Civil Veterinary Department. Madras. Admin. report 1926-33 - 1926-1933
Year: 1926
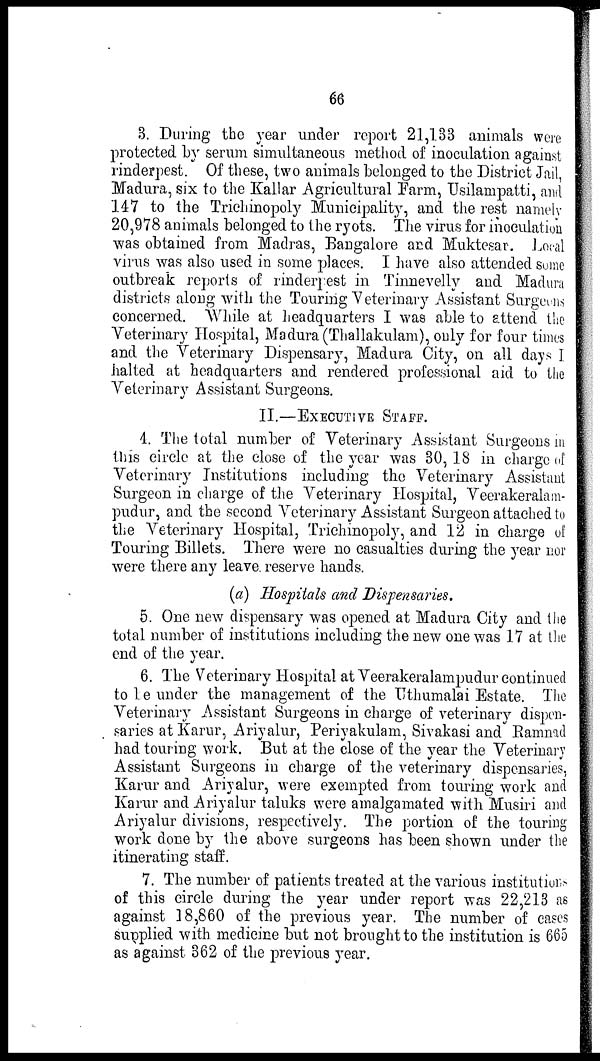
66
3. During the year under report 21,133 animals were
protected by serum simultaneous method of inoculation against
rinderpest. Of these, two animals belonged to the District Jail,
Madura, six to the Kallar Agricultural Farm, Usilampatti, and
147 to the Trichinopoly Municipality, and the rest namely
20,978 animals belonged to the ryots. The virus for inoculation
was obtained from Madras, Bangalore and Muktesar. Local
virus was also used in some places. I have also attended some
outbreak reports of rinderpest in Tinnevelly and Madura
districts along with the Touring Veterinary Assistant Surgeons
concerned. While at headquarters I was able to attend the
Veterinary Hospital, Madura (Thallakulam), only for four times
and the Veterinary Dispensary, Madura City, on all days I
halted at headquarters and rendered professional aid to the
Veterinary Assistant Surgeons.
II.—EXECUTIVE STAFF.
4. The total number of Veterinary Assistant Surgeons in
this circle at the close of the year was 30,18 in charge of
Veterinary Institutions including the Veterinary Assistant
Surgeon in charge of the Veterinary Hospital, Veerakeralam-
pudur, and the second Veterinary Assistant Surgeon attached to
the Veterinary Hospital, Trichinopoly, and 12 in charge of
Touring Billets. There were no casualties during the year nor
were there any leave reserve hands.
(a) Hospitals and Dispensaries,
5. One new dispensary was opened at Madura City and the
total number of institutions including the new one was 17 at the
end of the year.
6. The Veterinary Hospital at Veerakeralampudur continued
to be under the management of the Uthumalai Estate. The
Veterinary Assistant Surgeons in charge of veterinary dispen-
saries at Karur, Ariyalur, Periyakulam, Sivakasi and Ramnad
had touring work. But at the close of the year the Veterinary
Assistant Surgeons in charge of the veterinary dispensaries,
Karur and Ariyalur, were exempted from touring work and
Karur and Ariyalur taluks were amalgamated with Musiri and
Ariyalur divisions, respectively. The portion of the touring
work done by the above surgeons has been shown under the
itinerating staff.
7. The number of patients treated at the various institutions
of this circle during the year under report was 22,213 as
against 18,860 of the previous year. The number of cases
supplied with medicine but not brought to the institution is 665
as against 362 of the previous year.